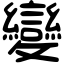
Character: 變